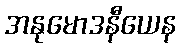
အနုမောဒနီယေန